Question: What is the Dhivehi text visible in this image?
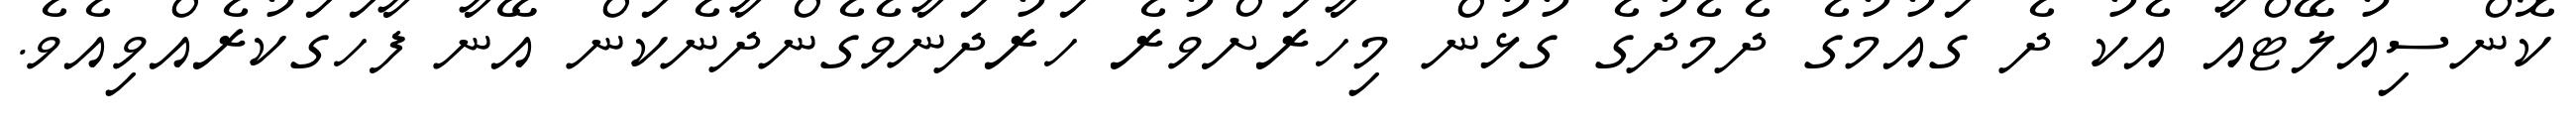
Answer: ކޮންސިއުލޭޓްއާ އެކު ދެ ގައުމުގެ ދެމެދުގެ ގުޅުން މިހާރަށްވުރެ ހަރުދަނާވެގެންދާނެކަން އޭނާ ފާހަގަކުރެއްވިއެވެ.